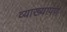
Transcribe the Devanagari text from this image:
व्याख्यापण